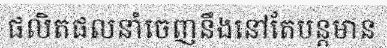
ផលិតផលនាំចេញនឹងនៅតែបន្តមាន